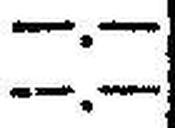
—.—